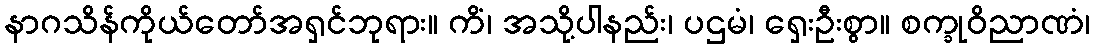
နာဂသိန်ကိုယ်တော်အရှင်ဘုရား။ ကိံ၊ အသို့ပါနည်း၊ ပဌမံ၊ ရှေးဦးစွာ။ စက္ခုဝိညာဏံ၊